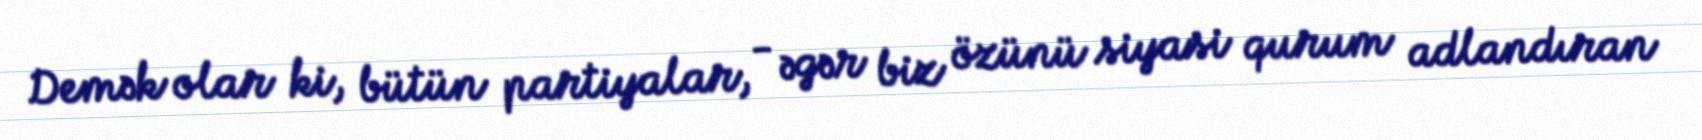
Demək olar ki, bütün partiyalar, - əgər biz özünü siyasi qurum adlandıran